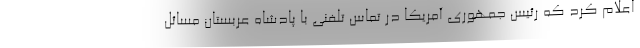
اعلام کرد که رئیس جمهوری آمریکا در تماس تلفنی با پادشاه عربستان مسائل